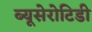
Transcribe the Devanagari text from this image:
ब्यूसेरोटिडी